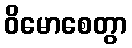
ဝိမောစေတွာ